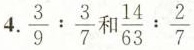
4. \frac{3}{9}: \frac{3}{7} 和 \frac{14}{63}: \frac{2}{7}